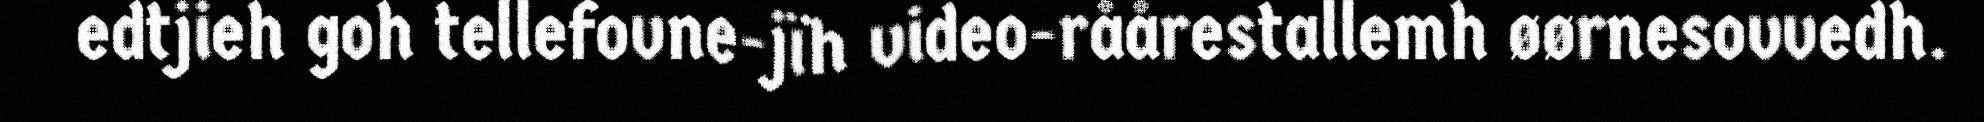
edtjieh goh tellefovne-jïh video-råårestallemh øørnesovvedh.